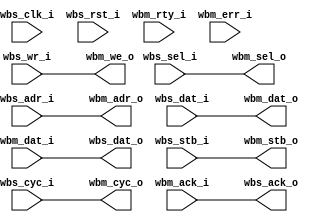
// --------------------------------------------------------------------
// >>>>>>>>>>>>>>>>>>>>>>>>> COPYRIGHT NOTICE <<<<<<<<<<<<<<<<<<<<<<<<<
// --------------------------------------------------------------------
// Copyright (c) 2010 by Lattice Semiconductor Corporation
//---------------------------------------------------------------------
// Permission:
//
//   Lattice Semiconductor grants permission to use this code for use
//   in synthesis for any Lattice programmable logic product.  Other
//   use of this code, including the selling or duplication of any
//   portion is strictly prohibited.
//
// Disclaimer:
//
// This VHDL or Verilog source code is intended as a design reference
// which illustrates how these types of functions can be implemented.
// It is the user's responsibility to verify their design for
// consistency and functionality through the use of formal
// verification methods. Lattice Semiconductor provides no warranty
// regarding the use or functionality of this code.
//
// --------------------------------------------------------------------
//
// Lattice Semiconductor Corporation
// 5555 NE Moore Court
// Hillsboro, OR 97214
// U.S.A
//
// TEL: 1-800-Lattice (USA and Canada)
// 503-268-8001 (other locations)
//
// web: http://www.latticesemi.com/
//
// --------------------------------------------------------------------
// Code Revision History :
// --------------------------------------------------------------------
// Ver: | Author     |Mod. Date |Changes Made:
// V1.0 | Peter.Zhou |10/18/10  |
//
// --------------------------------------------------------------------
//
`timescale 1ns/1ps
module wb_slave_to_master
			(
			//nrst_i,
			//clk_i,
			//mcs51_ale,
			//mcs51_rd,
			//mcs51_wr,
			//mcs51_ad_inout,

		 //wishbone slave interface
			input 						wbs_clk_i,
		  input 						wbs_rst_i,
			 	//slave wishbone interface
			input 		 				wbs_sel_i,
			input			 				wbs_wr_i,
			input[7:0] 				wbs_adr_i,
			input[7:0] 				wbs_dat_i,
			output[7:0] 			wbs_dat_o,
			input 						wbs_stb_i,
			input							wbs_cyc_i,
			output 						wbs_ack_o,

			//wishbone master interface
      output[7:0]				wbm_adr_o,
      input[7:0]				wbm_dat_i,
      output[7:0]				wbm_dat_o,
      output						wbm_sel_o,
      output						wbm_cyc_o,
      output						wbm_stb_o,
      output            wbm_we_o,
      input             wbm_ack_i,
      input							wbm_rty_i,
      input							wbm_err_i
      );
//--
//always @( posedge wb_rst_i or posedge wb_rst_i )
//begin
//
//end




//--
//parameter mcs51_aw = 8 ;
//parameter wb_aw = 16;
//--
//input nrst_i;
//input clk_i;
//input mcs51_ale;
//input mcs51_rd;
//input mcs51_wr;
//inout [mcs51_aw-1:0] mcs51_ad_inout;

// WISHBONE master interface
//output [wb_aw-1:0]  wbm_adr_o;
//input  [7:0]   			wbm_dat_i;
//output [7:0]   			wbm_dat_o;
//output         			wbm_sel_o;
//output         			wbm_cyc_o;
//output         			wbm_stb_o;
//output         			wbm_we_o;
//input          			wbm_ack_i;
//input          			wbm_rty_i;
//input          			wbm_err_i;

//wire  							l_wbm_stb;
//wire  							mcs51_ad_oe;
//
//reg   [mcs51_aw-1:0]   mcs51_addr;
//
//   always @(negedge mcs51_ale or negedge nrst_i)
//      if (~nrst_i)
//         begin
//            mcs51_addr <= {{wb_aw}{1'b0}};
//         end
//      else if(~mcs51_ale)     // Latch address
//         mcs51_addr <= { {{16-mcs51_aw}{1'b0}} , mcs51_ad_inout[mcs51_aw-1:0] };
//
//   assign mcs51_ad_oe = ~mcs51_rd;

assign wbm_adr_o 	= wbs_adr_i;
assign wbm_we_o 	= wbs_wr_i;
assign wbm_stb_o 	= wbs_stb_i;
assign wbm_cyc_o 	= wbs_cyc_i;
assign wbs_dat_o 	= wbm_dat_i;
assign wbm_sel_o 	= wbs_sel_i;
assign wbs_ack_o 	= wbm_ack_i;
assign wbm_dat_o 	= wbs_dat_i;
endmodule